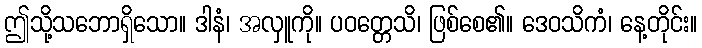
ဤသို့သဘောရှိသော။ ဒါနံ၊ အလှူကို။ ပဝတ္တေသိ၊ ဖြစ်စေ၏။ ဒေဝသိကံ၊ နေ့တိုင်း။